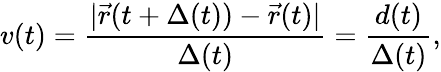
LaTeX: v(t)=\frac{|\vec{r}(t+\Delta(t))-\vec{r}(t)|}{\Delta(t)}=\frac{d(t)}{\Delta(t)},